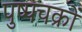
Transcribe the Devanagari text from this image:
पुष्पचक्रों